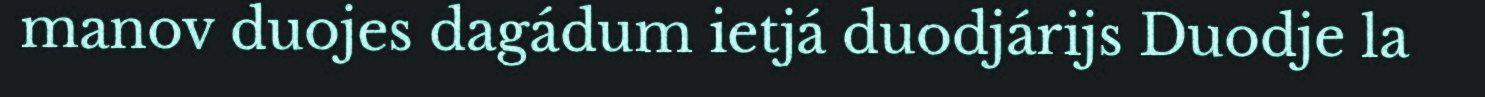
manov duojes dagádum ietjá duodjárijs Duodje la